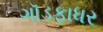
ગૉડફાધર